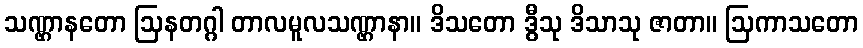
သဏ္ဌာနတော ဩနတဂ္ဂါ တာလမူလသဏ္ဌာနာ။ ဒိသတော ဒွီသု ဒိသာသု ဇာတာ။ ဩကာသတော